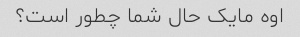
اوه مایک حال شما چطور است؟